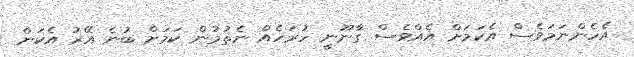
އެހެންނަމަވެސް އެކަމަށް އެއްވެސް ގާނޫނީ ހުރަހެއް ނެތުމުން ކަމަށް ބުނެ އޭރު އެކަން